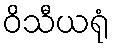
ဝိသီယရုံ